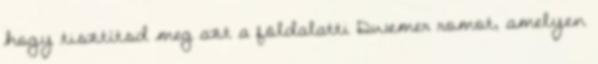
hogy tisztítsd meg azt a földalatti Dwemer romot, amelyen